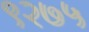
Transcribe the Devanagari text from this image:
९२७५